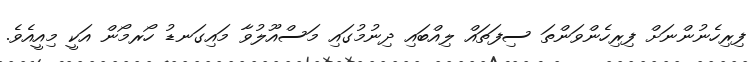
ފިރިހެނުންނަށް ފިރިހެންވަންތަ ސިފަތައް ލިއްބައި ދިނުމުގައި މަސްއޫލުވާ މައިގަނޑު ހޯރމޯން އަކީ މިއީއެވެ.